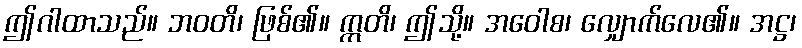
ဤဂါထာသည်။ ဘဝတိ၊ ဖြစ်၏။ ဣတိ၊ ဤသို့။ အဝေါစ၊ လျှောက်လေ၏။ အဋ္ဌ၊